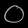
Digit: ၀